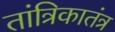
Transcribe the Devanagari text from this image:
तांत्रिकातंत्र